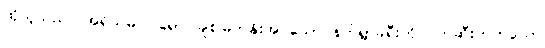
ထိုသူသည်။ အရိယမဂ္ဂါဝရော၊ ချစ်မြတ်နိုးအပ်သော နတ်ရွာခရီးကို ပိတ်ဆီးတတ်သော